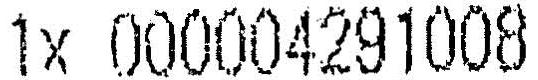
1X 000004291008